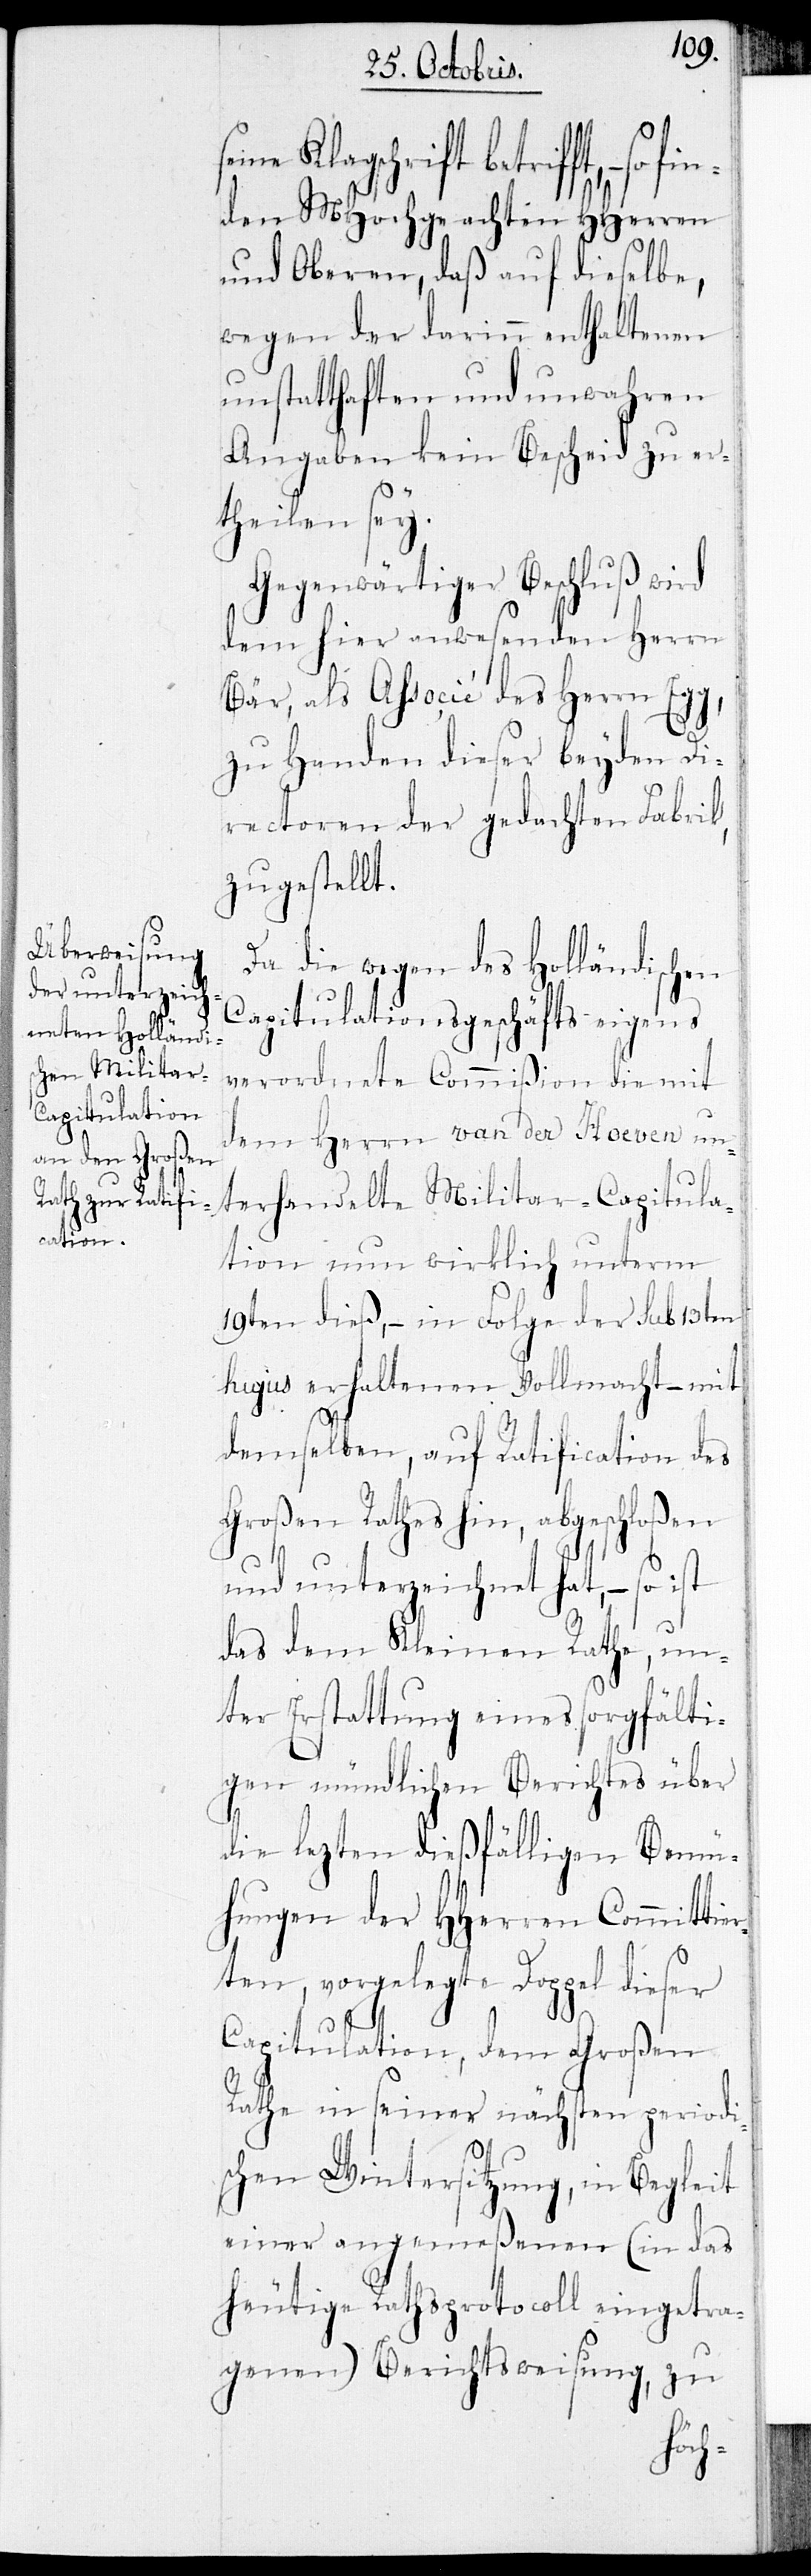
Klageschrift betrifft,
den MHochgeachten HHerren
und Oberen, daß auf dieselbe,
wegen der darinn enthaltenen
unstatthaften und unwahren
Angaben kein Bescheid zu er¬
theilen sey.
Gegenwärtiger Beschluß wird
dem hier anwesenden Herrn
Bär, als Associé des Herrn Egg,
zu Handen dieser beyden Di¬
rectoren der gedachten Fabrik,
zugestellt.
Da die wegen des Holländischen
Capitulationsgeschäfts eigens
verordnete Commißion die mit
dem Herrn van der Hoeven un¬
terhandelte Militar-Capitula¬
tion nun wirklich unterm
19ten dieß, – in Folge der sub 13ten
hujus erhaltenen Vollmacht – mit
demselben, auf Ratification des
Großen Rathes hin, abgeschloßen
und unterzeichnet hat, – so
das dem Kleinen Rathe, un¬
ter Erstattung eines sorgfälti¬
gen mündlichen Berichtes über
die lezten dießfälligen Bemü¬
hungen der HHerren Committen¬
ten, vorgelegte Doppel dieser
Capitulation, dem Großen
Rathe in seiner nächsten periodi¬
schen Wintersitzung, in Begleit
einer angemeßenen (in das
heutige Rathsprotocoll eingetra¬
genen) Berichtsweisung, zu
fin¬